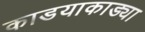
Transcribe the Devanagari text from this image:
काडयाकाड्या